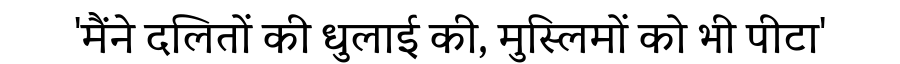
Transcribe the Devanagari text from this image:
'मैंने दलितों की धुलाई की, मुस्लिमों को भी पीटा'